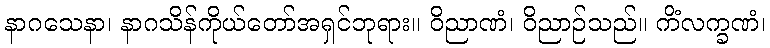
နာဂသေနာ၊ နာဂသိန်ကိုယ်တော်အရှင်ဘုရား။ ဝိညာဏံ၊ ဝိညာဉ်သည်။ ကိံလက္ခဏံ၊